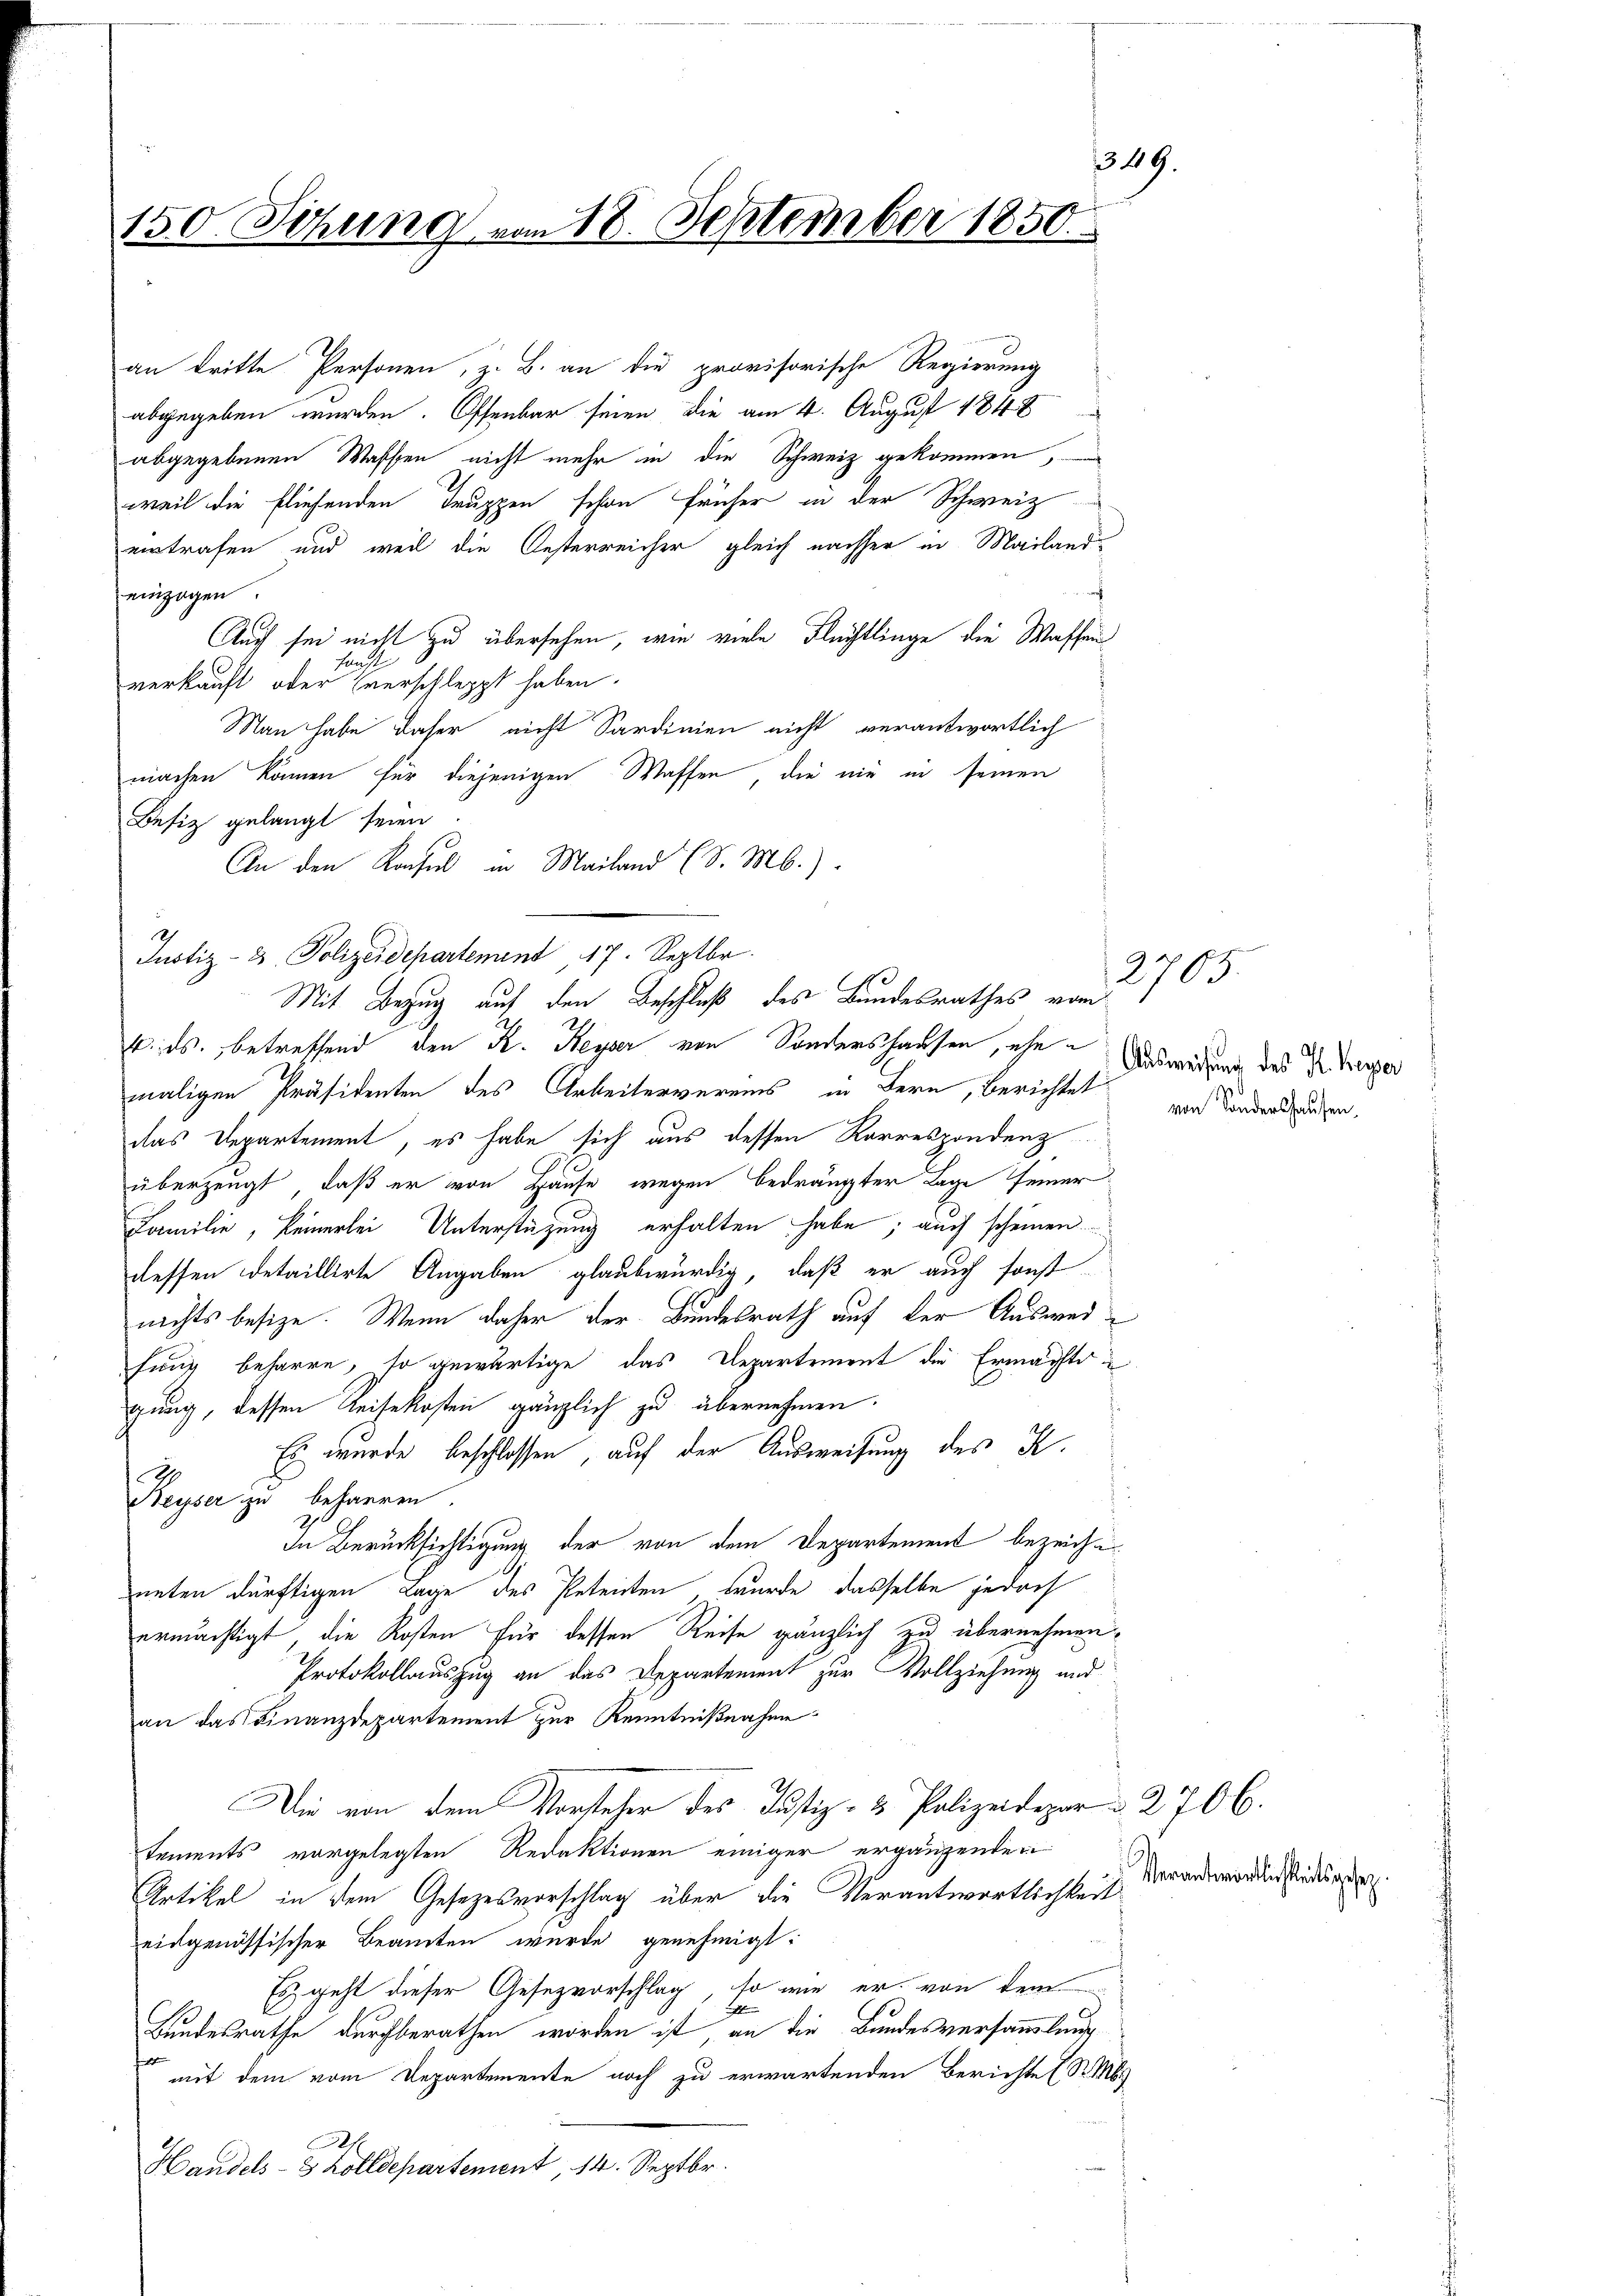
319.
150. Sitzung vom 18. September 1850.

an tritte Personen, z. B. an die provisorische Regierung
abgegeben wurden. Offenbar seien die am 4. August 1848
abgegebenen Wassen nicht mehr in die Schweiz gekommen,
weil die fliehenden Truppen schon früher in der Schweiz
eintrafen und weil die Oesterreicher gleich nachher in Mailand-
einzogen
Auch sei nicht zu übersehen, wie viele Flüchtlinge die Waffen¬
Hint
verkauft oder verschleppt haben.
Man habe daher nicht Sardinien nicht verantwortlich
machen können für diejenigen Waffen, die nie in seinen
Befiz gelangt seien
An den Konsul in Mailand (S. M.)
Justiz- & Polizeidepartement, 17. Septbr.
k. ds. betreffend den R. Heyser von Sondershausen, ehe Ausweisung des Dr. Terper
maligen Präsidenten des Arbeitervereins in Bern, berichtet von Kinderungen,
das Departement, es habe sich aus dessen Korrespondenz
überzeugt, daß er von Hause wegen bedrängter Lage seiner
Familie, keinerlei Unterstützung erhalten habe; auch scheinen
dessen detaillirte Angaben glaubwürdig, daß er auch sonst
nichts besize. Wenn daher der Bundesrath auf der Ausweihung beharre, so gewärtige das Departement die Ermächte
gung, dessen Reisekosten gänzlich zu übernehmen.
Es wurde beschlossen, auf der Ausweisung des K.
Reyser zu beharren.
In Berücksichtigung der von dem Departement bezeichn
nnten dürftigen Lage des Petenten wurde dasselbe jedoch
ermächtigt, die Kosten für dessen Reise gänzlich zu übernehmen,
Protokollauszug an das Departement zur Vollziehung und
an das Finanzdepartement zur Kenntnißnahme
Die von dem Vorsteher des Justiz- & Polizeidepar § 2706.
tements vorgelegten Redaktionen einiger ergänzenden
Artikel in dem Gesezesvorschlag über die Verantwortlichkeit
eidgenössischer Beamten wurde genehmigt:
Es geht dieser Gesezvorschlag, so wie er von dem
h
Bundesrathe durchberathen worden ist, an die Bundesversammlung
f
mit dem vom Departemente noch zu erwartenden Berichte (S. M
Handels- & Zolldepartement, 14. Septbr.

Mit Bezug auf den Beschluß des Bundesrathes vom

2765.

Verantwortlichkeitsgesez